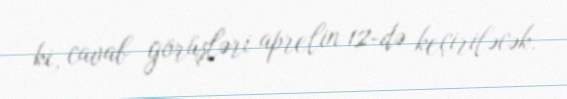
ki, cavab görüşləri aprelin 12-də keçiriləcək.